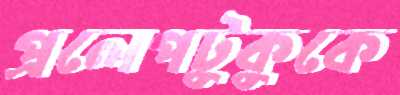
প্রলেপটুকুকে